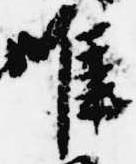
唯